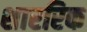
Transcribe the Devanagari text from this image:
शाररिक